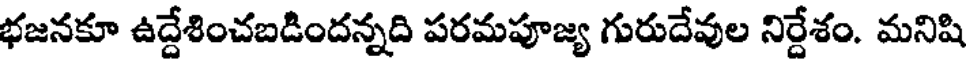
భజనకూ ఉద్దేశించబడిందన్నది పరమపూజ్య గురుదేవుల నిర్దేశం. మనిషి